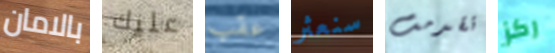
بالامان عليك عقب سنعثر تقدمت ركز